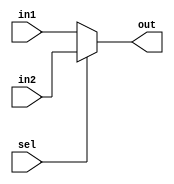
module Mux #(parameter size=32) (
input [size-1:0] in1,in2,
output [size-1:0] out,
input sel
);
assign out=(sel)? in2:in1;
endmodule